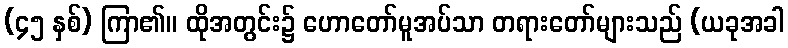
(၄၅ နှစ်) ကြာ၏။ ထိုအတွင်း၌ ဟောတော်မူအပ်သာ တရားတော်များသည် (ယခုအခါ